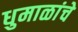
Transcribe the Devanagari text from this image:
धुमाळांचे